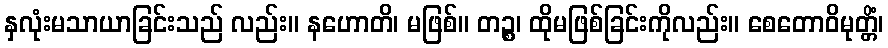
နှလုံးမသာယာခြင်းသည် လည်း။ နဟောတိ၊ မဖြစ်။ တဉ္စ၊ ထိုမဖြစ်ခြင်းကိုလည်း။ စေတောဝိမုတ္တိံ၊